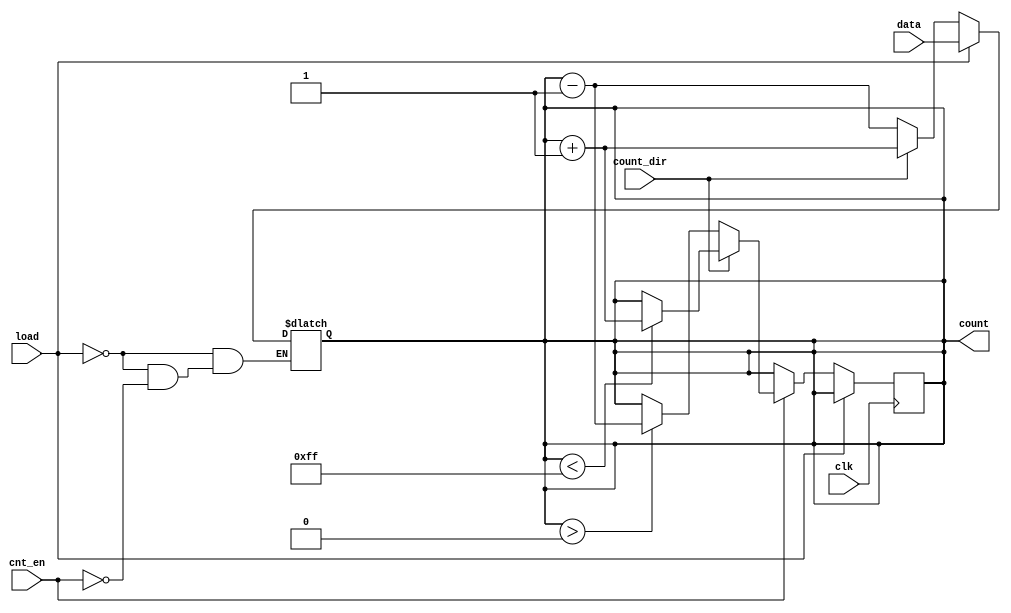
module async_load_counter #(
    parameter N = 8  // Width of the counter (number of bits)
)(
    input wire clk,                // Clock signal
    input wire load,               // Active high signal to load a specific value
    input wire [N-1:0] data,       // Input data to load
    input wire cnt_en,             // Enable signal for counting operation
    input wire count_dir,          // Direction signal: 0 for down, 1 for up
    output reg [N-1:0] count       // Current count value
);

    // Asynchronous reset for the counter
    always @* begin
        if (load) begin
            count = data;           // Load data asynchronously
        end else if (cnt_en) begin
            if (count_dir) begin
                count = count + 1;  // Increment on count_dir high
            end else begin
                count = count - 1;  // Decrement on count_dir low
            end
        end
    end
    
    // Synchronous update of the count on the clock edge
    always @(posedge clk) begin
        // Ensure counting does not overflow/underflow
        if (~load) begin
            if (cnt_en) begin
                if (count_dir) begin
                    // Check for overflow
                    if (count < (1 << N) - 1) // max value for N bits
                        count <= count + 1;
                end else begin
                    // Check for underflow
                    if (count > 0)
                        count <= count - 1;
                end
            end
        end
    end

endmodule